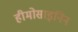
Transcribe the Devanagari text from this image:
हीमोसाइनिन